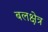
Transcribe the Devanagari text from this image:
बलक्षेत्र